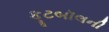
ફૂટબૉલની